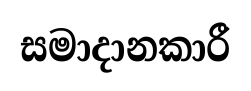
සමාදානකාරී